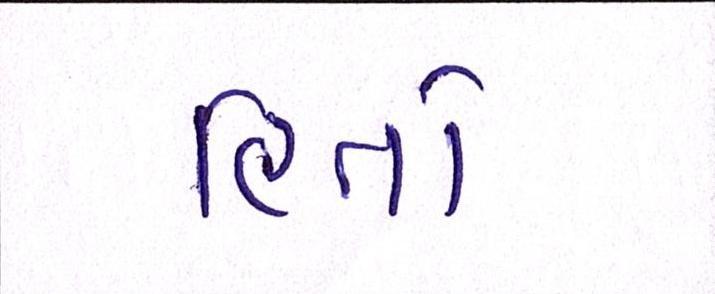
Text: હિતો